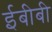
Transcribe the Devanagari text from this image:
ईबीबी